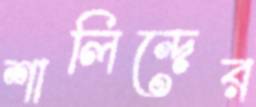
শালিন্দের